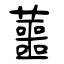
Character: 蘁